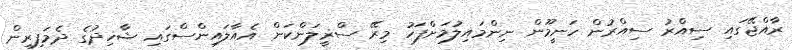
ރާއްޖޭގައި ސިއްރު ސިއްރުން ހަނީމޫން ނިންމައިލުމަށްފަހު މިރޭ ސްޜީލަންކަން އެއާލައިންސްގައި ޝާހިދުގެ ދެމަފިރިން